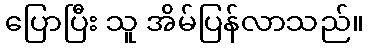
ပြောပြီး သူ အိမ်ပြန်လာသည်။